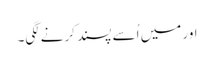
اور میں اُسے پسند کرنےلگی۔